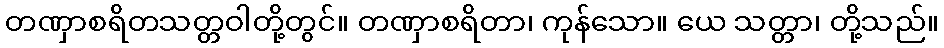
တဏှာစရိတသတ္တဝါတို့တွင်။ တဏှာစရိတာ၊ ကုန်သော။ ယေ သတ္တာ၊ တို့သည်။